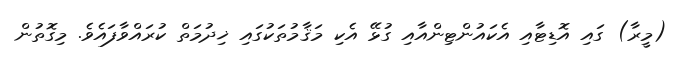
(މީރާ) ގައި އޮޑިޓާއި އެކައުންޓިންއާއި ގުޅޭ އެކި މަޤާމުތަކުގައި ޚިދުމަތް ކުރައްވާފައެވެ. މިގޮތުން